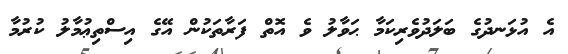
އެ އުޅަނދުގެ ބަލަދުވެރިކަމާ ޙަވާލު ވެ އޮތް ފަރާތަކުން އޭގެ އިސްތިޢުމާލު ކުރުމާ